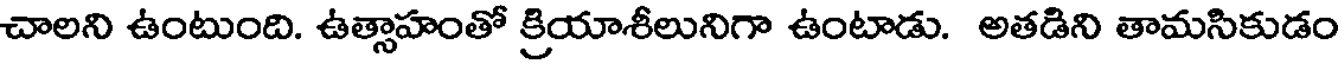
చాలని ఉంటుంది. ఉత్సాహంతో క్రియాశీలునిగా ఉంటాడు. అతడిని తామసికుడం